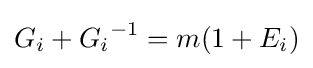
G_{i}+{G_{i}}^{-1}=m(1+E_{i})